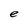
Character: e